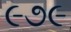
૯૭૯